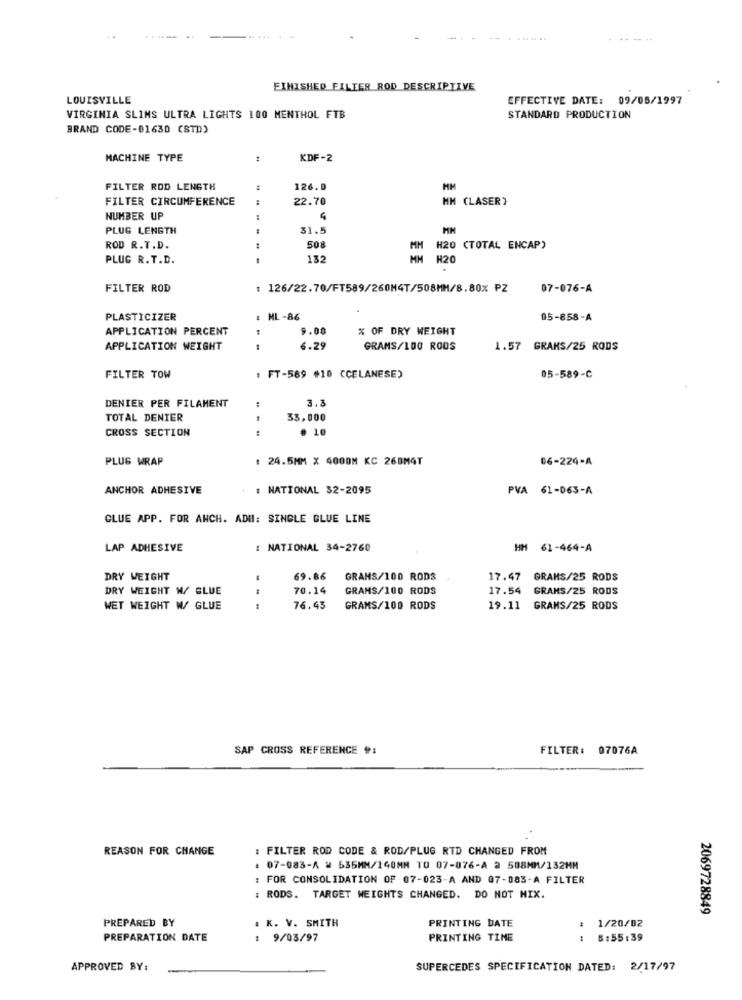
FINISHED FILTER ROD DESCRIPTIVE
LOUISVILLE
EFFECTIVE DATE: 09/05/1997
VIRGINIA SLIMS ULTRA LIGHTS 100 MENTHOL FTB
STANDARD PRODUCTION
BRAND CODE-01630 CSTD)
MACHINE TYPE
KDF-2
FILTER ROD LENGTH
126.0
HM
FILTER CIRCUMFERENCE
22.70
H CLASER)
NUMBER UP
PLUG LENGTH
31.5
MM
ROD R.T.D.
508
H20 (TOTAL ENCAP)
PLUG R.T.D.
132
H20
FILTER ROD
: 126/22.70/FT589/260M4T/508MM/8.80% PZ
07-076-A
PLASTICIZER
: ML-86
05-858-A
APPLICATION PERCENT
9.00
% OF DRY WEIGHT
APPLICATION WEIGHT
6.29
GRAMS/100 ROOS
1.57 GRAMS/25 RODS
FILTER TOW
: FT-589 #10 (CELANESE)
05-589-C
DENIER PER FILAMENT
3.8
TOTAL DENIER
33,000
CROSS SECTION
. 10
PLUG WRAP
: 24.5MM X 4000M KC 268MGT
06-224-A
ANCHOR ADHESIVE
: NATIONAL 52-2095
PVA 61-063-A
GLUE APP. FOR ANCH. ADH: SINGLE GLUE LINE
LAP ADHESIVE
: NATIONAL 34-2760
HM 61-464-A
DRY WEIGHT
69.86
GRAMS/100 RODS
17.47 GRAMS/25 RODS
DRY WEIGHT W/ BLUE
70.14
GRAMS/100 RODS
17.54 GRAMS/25 RODS
...
WET WEIGHT W/ GLUE
76.43
GRAMS/100 RODS
19.11 GRAMS/25 RODS
SAP CROSS REFERENCE 9:
FILTER: 07076A
REASON FOR CHANGE
: FILTER ROD CODE & ROD/PLUG RTD CHANGED FROM
07-083-A W 635MM/140MM TO 07-076-A 2 588MM/132MM
FOR CONSOLIDATION OF 07-023-A AND 07-083-A FILTER
: RODS. TARGET WEIGHTS CHANGED. DO NOT MIX.
2069728849
PREPARED BY
PRINTING DATE
1/20/02
. K. V. SMITH
PREPARATION DATE
: 9/03/97
PRINTING TIME
8:55:39
APPROVED BY:
SUPERCEDES SPECIFICATION DATED: 2/17/97